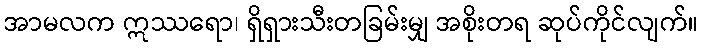
အာမလက ဣဿရော၊ ရှိရှားသီးတခြမ်းမျှ အစိုးတရ ဆုပ်ကိုင်လျက်။